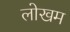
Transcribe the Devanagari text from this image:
लोखम